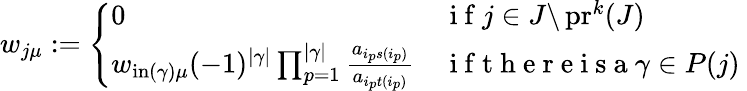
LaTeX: \begin{array}{r}{w_{j\mu}:=\left\{ \begin{array}{ll}{0}&{\mathrm{~i~f~}j\in J\backslash\operatorname{pr}^{k}(J)}\\ {w_{\operatorname{in}(\gamma)\mu}(-1)^{|\gamma|}\prod_{p=1}^{|\gamma|}\frac{a_{i_{p}s(i_{p})}}{a_{i_{p}t(i_{p})}}}&{\mathrm{~i~f~t~h~e~r~e~i~s~a~}\gamma\in P(j)\ }\end{array}\right.}\end{array}